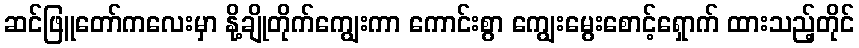
ဆင်ဖြူတော်ကလေးမှာ နို့ချိုတိုက်ကျွေးကာ ကောင်းစွာ ကျွေးမွေးစောင့်ရှောက် ထားသည့်တိုင်